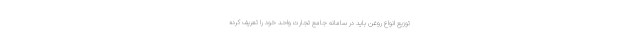
توزیع انواع روغن باید در سامانه جامع تجارت واحد خود را تعریف کرده